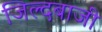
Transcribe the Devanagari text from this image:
जिल्दबाजी